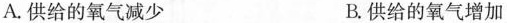
A.供给的氧气减少 B.供给的氧气增加